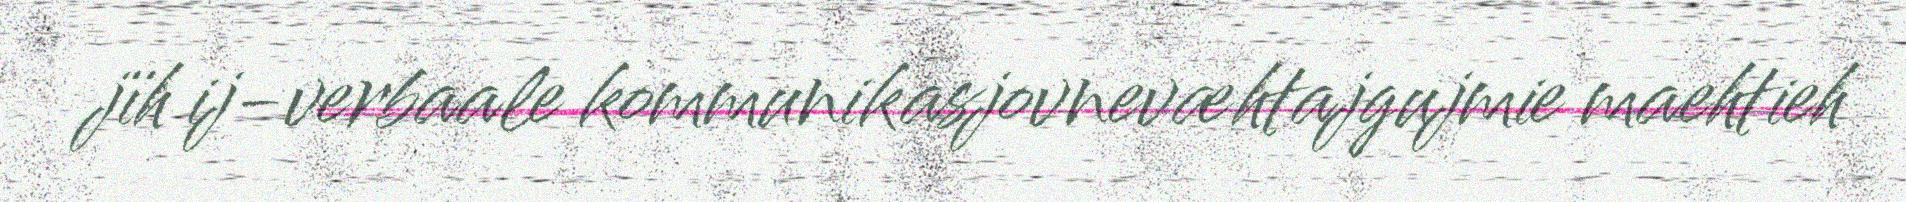
jïh ij-verbaale kommunikasjovnevæhtajgujmie maehtieh